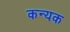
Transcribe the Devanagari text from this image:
कन्यक